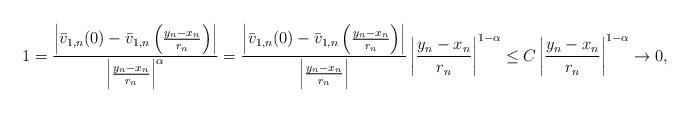
LaTeX: \begin{align*}1 &= \frac{ \left|\bar v_{1,n}(0)-\bar v_{1,n}\left(\frac{y_n-x_n}{r_n}\right)\right|}{\left|\frac{y_n-x_n}{r_n}\right|^{\alpha}} = \frac{ \left|\bar v_{1,n}(0)-\bar v_{1,n}\left(\frac{y_n-x_n}{r_n}\right)\right|}{\left|\frac{y_n-x_n}{r_n}\right|} \left|\frac{y_n-x_n}{r_n}\right|^{1-\alpha} \le C \left|\frac{y_n-x_n}{r_n}\right|^{1-\alpha} \to 0,\end{align*}